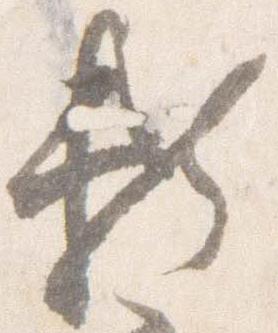
頼